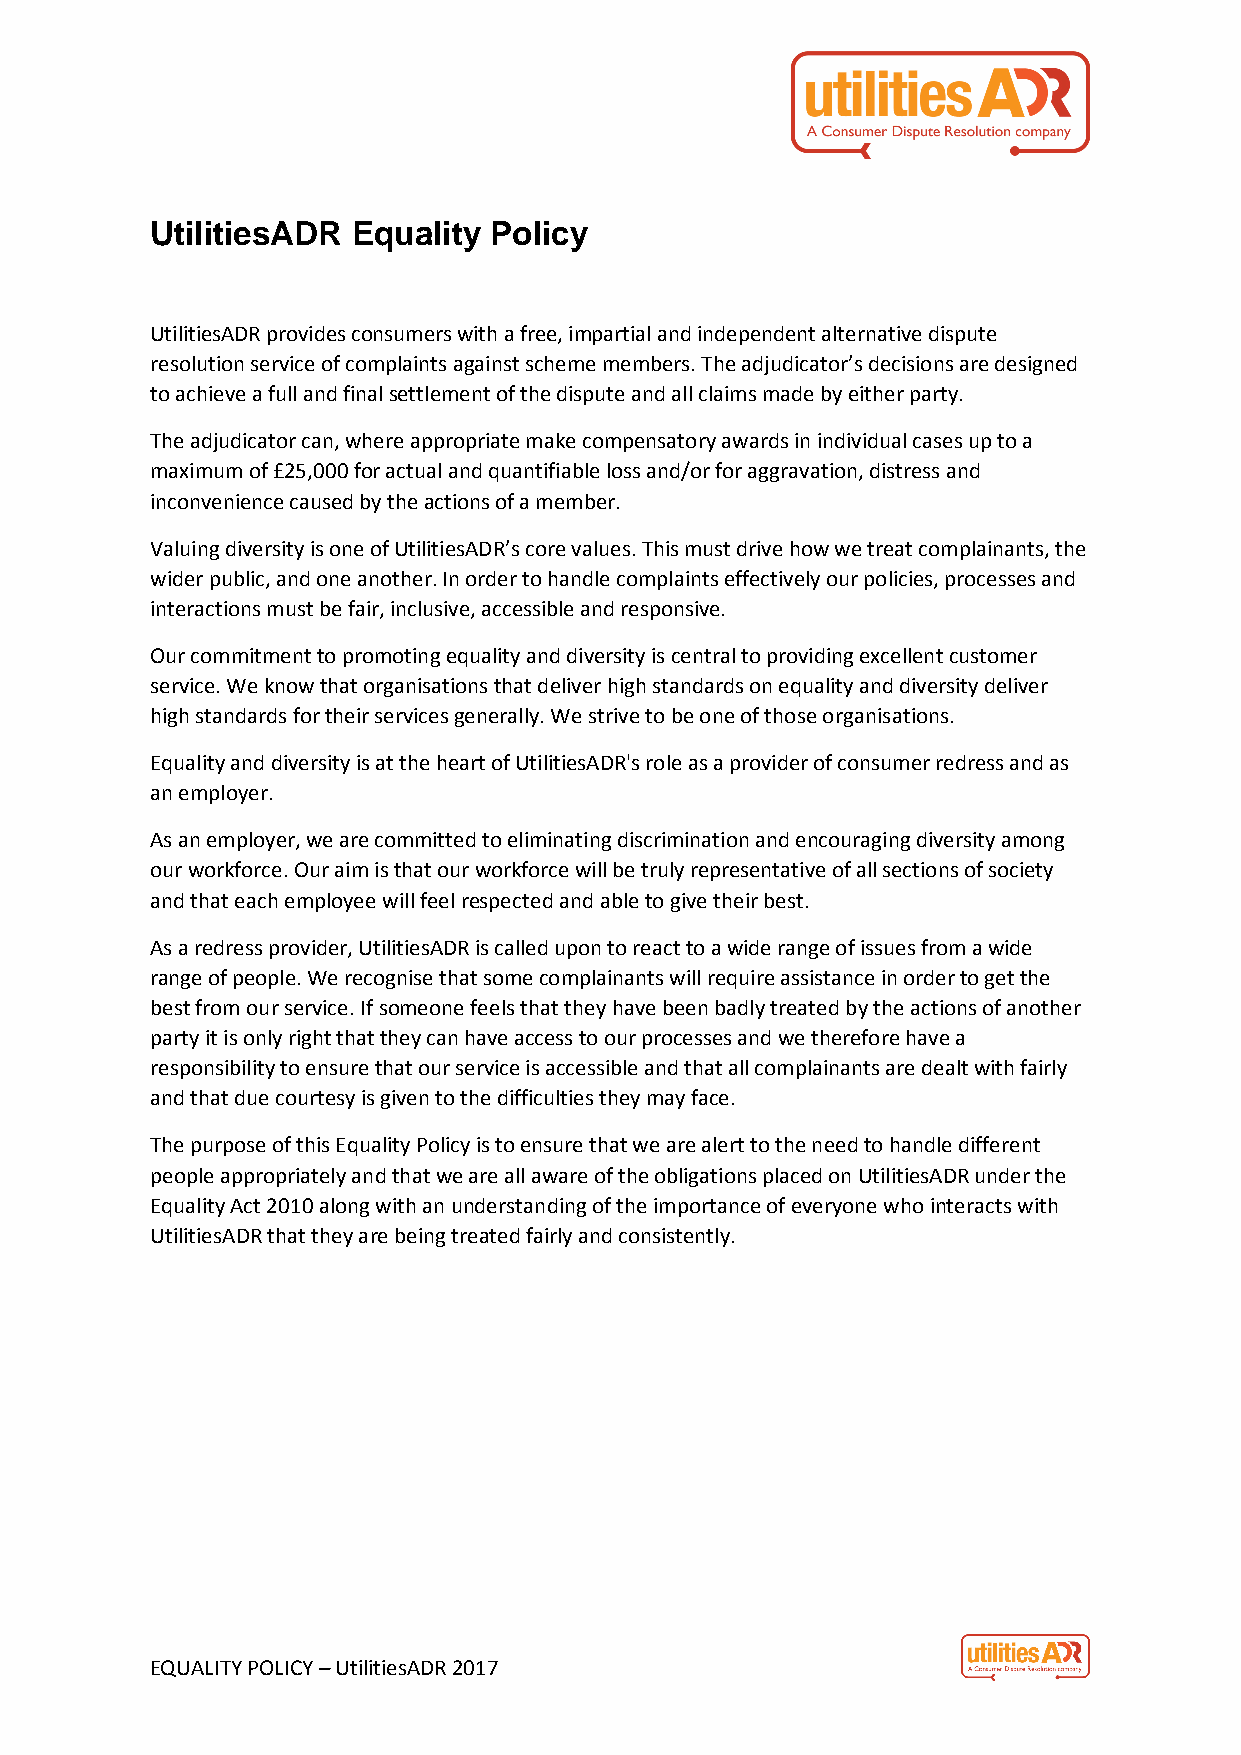
UtilitiesADR Equality Policy
 UtilitiesADR provides consumers with a free, impartial and independent alternative dispute
 resolution service of complaints against scheme members. The adjudicator’s decisions are designed
 to achieve a full and final settlement of the dispute and all claims made by either party.
 The adjudicator can, where appropriate make compensatory awards in individual cases up to a
 maximum of £25,000 for actual and quantifiable loss and/or for aggravation, distress and
 inconvenience caused by the actions of a member.
 Valuing diversity is one of UtilitiesADR’s core values. This must drive how we treat complainants, the
 wider public, and one another. In order to handle complaints effectively our policies, processes and
 interactions must be fair, inclusive, accessible and responsive.
 Our commitment to promoting equality and diversity is central to providing excellent customer
 service. We know that organisations that deliver high standards on equality and diversity deliver
 high standards for their services generally. We strive to be one of those organisations.
 Equality and diversity is at the heart of UtilitiesADR's role as a provider of consumer redress and as
 an employer.
 As an employer, we are committed to eliminating discrimination and encouraging diversity among
 our workforce. Our aim is that our workforce will be truly representative of all sections of society
 and that each employee will feel respected and able to give their best.
 As a redress provider, UtilitiesADR is called upon to react to a wide range of issues from a wide
 range of people. We recognise that some complainants will require assistance in order to get the
 best from our service. If someone feels that they have been badly treated by the actions of another
 party it is only right that they can have access to our processes and we therefore have a
 responsibility to ensure that our service is accessible and that all complainants are dealt with fairly
 and that due courtesy is given to the difficulties they may face.
 The purpose of this Equality Policy is to ensure that we are alert to the need to handle different
 people appropriately and that we are all aware of the obligations placed on UtilitiesADR under the
 Equality Act 2010 along with an understanding of the importance of everyone who interacts with
 UtilitiesADR that they are being treated fairly and consistently.
 EQUALITY POLICY – UtilitiesADR 2017